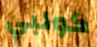
كولبي